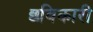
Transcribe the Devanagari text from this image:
छविकारी